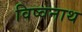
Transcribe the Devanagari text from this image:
विष्वनाथ